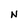
Character: N